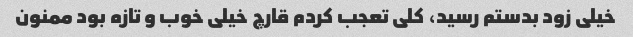
خیلی زود بدستم رسید، کلی تعجب کردم قارچ خیلی خوب و تازه بود ممنون